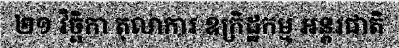
២១ វិច្ឆិកា តុលាការ ឧក្រិដ្ឋកម្ម អន្តរជាតិ